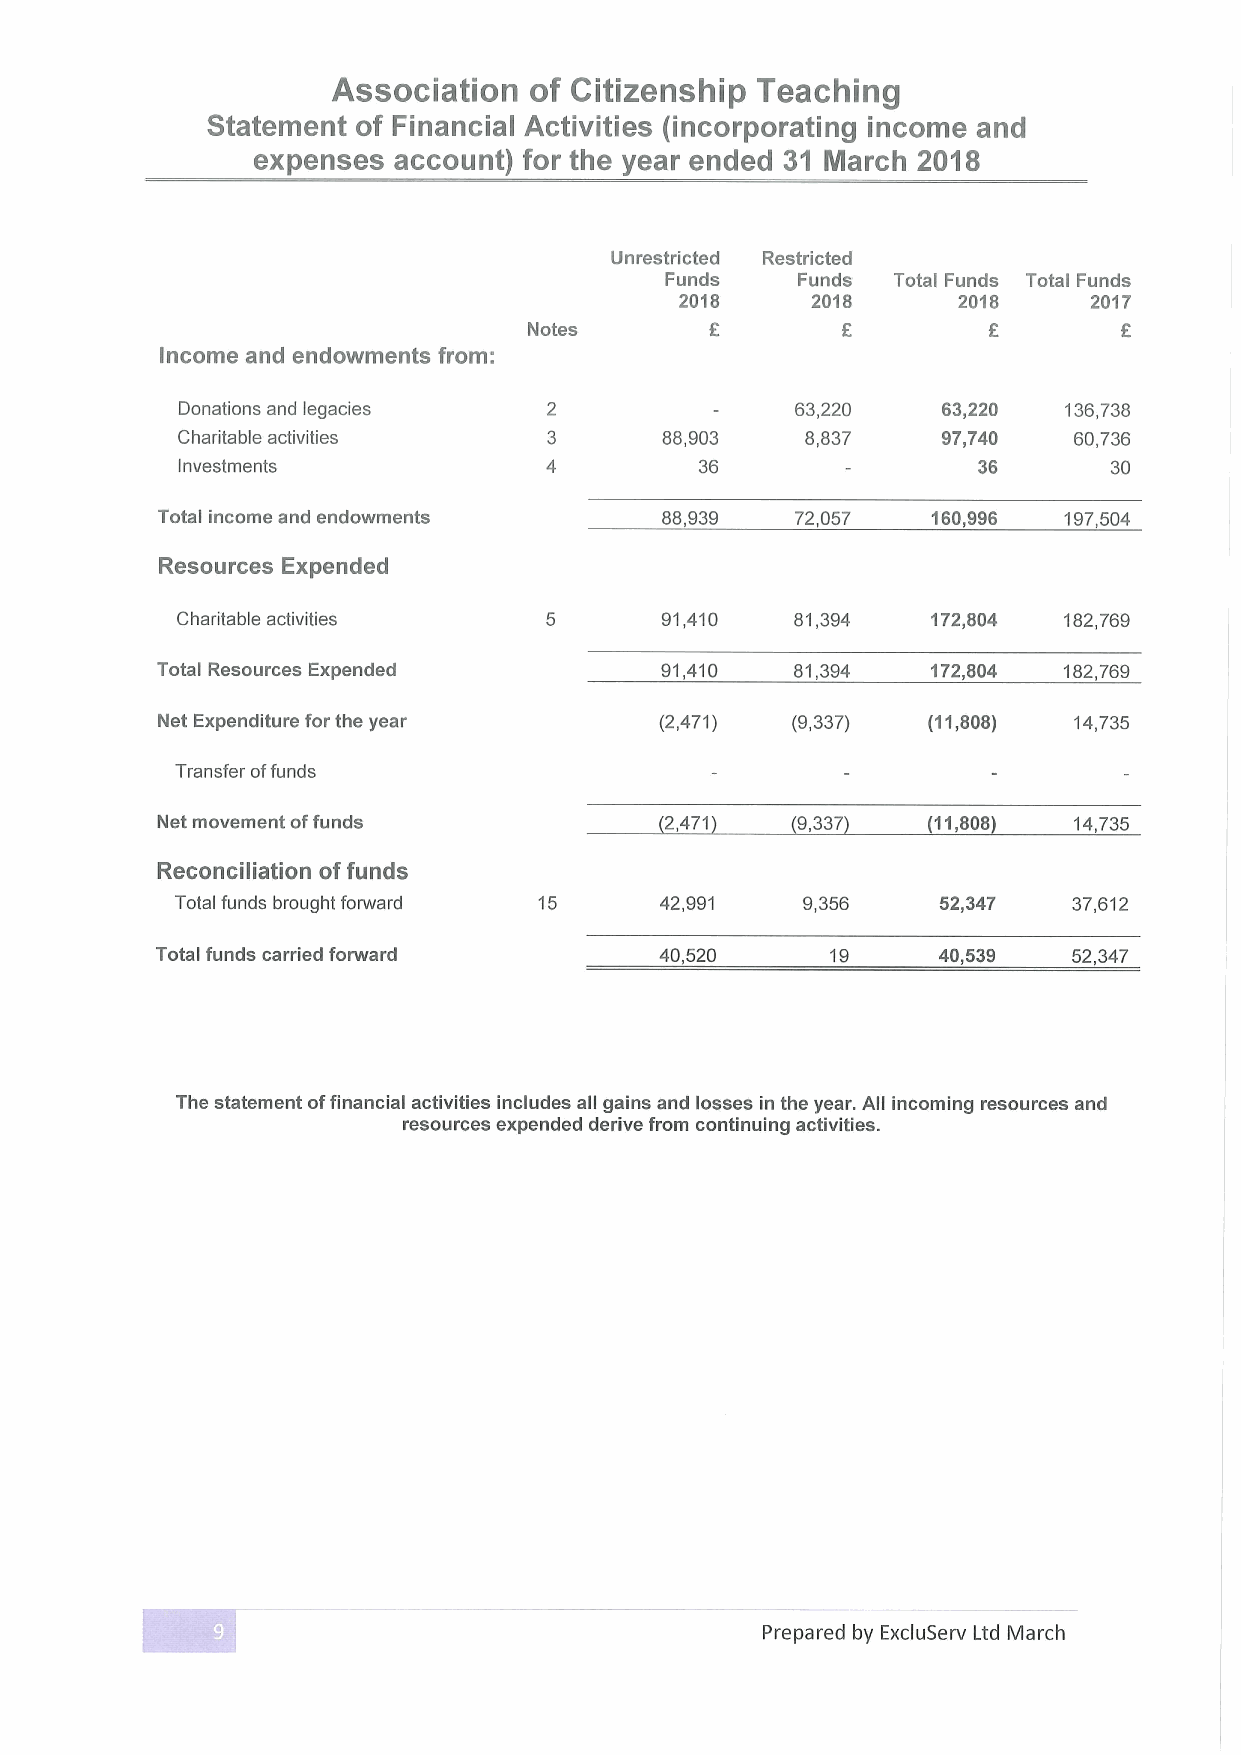
Association  of Citizenship Teaching
 Statement of Financial Activities (incorporating income and
 expenses account) for the year ended 31 March 2018
 Unrestricted Restricted
 Funds    Funds Total Funds Total Funds
 2018     2018     2018     2017
 f
 Notes                                  F
 Income and endowments from:
 Donations and legacies                   63,220   63,220  136,738
 Charitable activities           88,903   8,837    97,740   60,736
 Investments                       36                 36      30
 Total income and endowments       88,939   72,057   160,996 197,504
 Resources Expended
 Charitable activities           91,410   81,394   172,804 182,769
 Total Resources Expended          91,410   81,394   172,804 182,769
 Net Expenditure for the year      (2,471) (9,337)  (11,808)  14,735
 Transfer offunds
 Net movement offunds              2,471    9,337   (11,808)  14,735
 Reconciliation offunds
 Total funds brought forward 15  42,991   9,356    52,347   37,612
 Total funds carried forward       40,520     19     40,539   52,347
 The statement offinancial activities includes all gains and losses in the year. All incoming resources and
 resources expended derive from continuing activities.
 Prepared by ExcluServ Ltd March